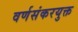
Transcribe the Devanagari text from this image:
वर्णसंकरयुक्त